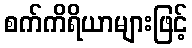
စက်ကိရိယာများဖြင့်